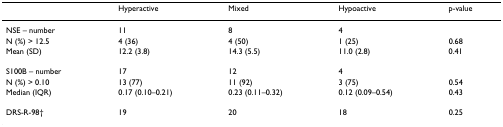
|  | Hyperactive | Mixed | Hypoactive | p-value |
 | --- | --- | --- | --- | --- |
 | NSE – number | 11 | 8 | 4 |  |
 | N (%) > 12.5 | 4 (36) | 4 (50) | 1 (25) | 0.68 |
 | Mean (SD) | 12.2 (3.8) | 14.3 (5.5) | 11.0 (2.8) | 0.41 |
 | S100B – number | 17 | 12 | 4 |  |
 | N (%) > 0.10 | 13 (77) | 11 (92) | 3 (75) | 0.54 |
 | Median (IQR) | 0.17 (0.10–0.21) | 0.23 (0.11–0.32) | 0.12 (0.09–0.54) | 0.43 |
 | DRS-R-98† | 19 | 20 | 18 | 0.25 |